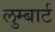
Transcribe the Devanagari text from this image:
लुम्बार्ट